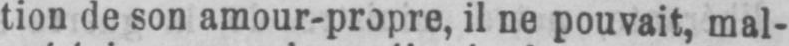
tion de son amour-propre, il ne pouvait, mal-